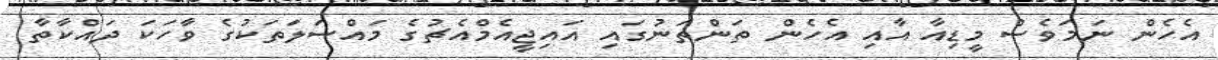
އެހެން ނަމަވެސް މީޑިއާ އާއި އެހެން ތަންތަނުގައި އައިޖީއެމްއެޗުގެ މައްސަލަތަކުގެ ވާހަކަ ދައްކާތާ